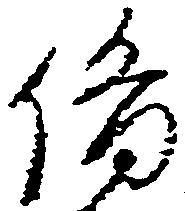
備